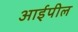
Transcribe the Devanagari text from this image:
आईपील